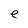
Character: e